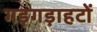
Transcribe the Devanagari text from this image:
गड़गड़ाहटों